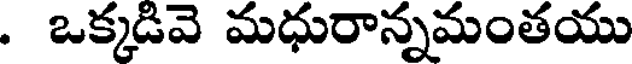
. ఒక్కడివె మధురాన్నమంతయు